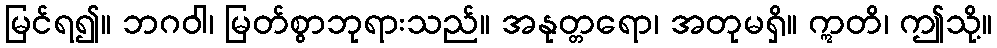
မြင်ရ၍။ ဘဂဝါ၊ မြတ်စွာဘုရားသည်။ အနုတ္တရော၊ အတုမရှိ။ ဣတိ၊ ဤသို့။